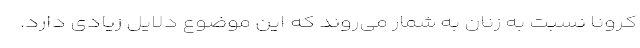
کرونا نسبت به زنان به شمار می‌روند که این موضوع دلایل زیادی دارد.